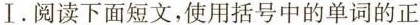
Ⅰ.阅读下面短文,使用括号中的单词的正